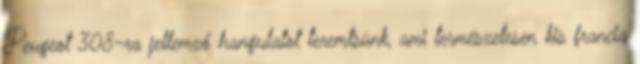
Peugeot 308-ra jellemző hangulatot teremtsünk, ami természetesen kis francia